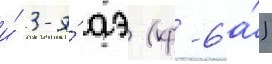
и́ 3-я́ аэ (кр-6а́)